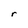
Character: r